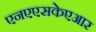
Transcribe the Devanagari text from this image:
एनएएसकेएआर